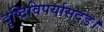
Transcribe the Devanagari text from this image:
दृष्टिविपर्यासदंड।